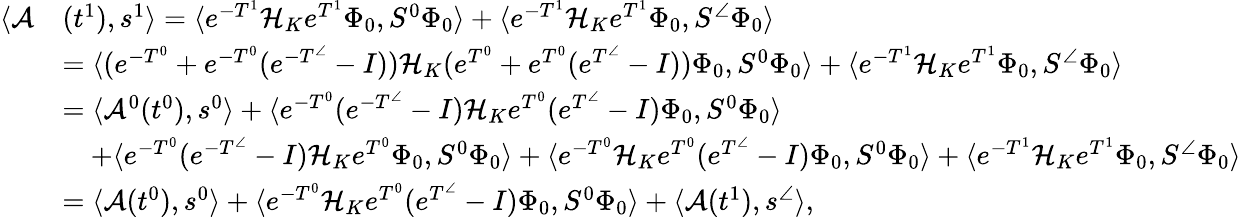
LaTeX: \begin{array}{rl}{\langle\mathcal{A}}&{(t^{1}),s^{1}\rangle=\langle e^{-T^{1}}\mathcal{H}_{K}e^{T^{1}}\Phi_{0},S^{0}\Phi_{0}\rangle+\langle e^{-T^{1}}\mathcal{H}_{K}e^{T^{1}}\Phi_{0},S^{\angle}\Phi_{0}\rangle}\\ &{=\langle(e^{-T^{0}}+e^{-T^{0}}(e^{-T^{\angle}}-I))\mathcal{H}_{K}(e^{T^{0}}+e^{T^{0}}(e^{T^{\angle}}-I))\Phi_{0},S^{0}\Phi_{0}\rangle+\langle e^{-T^{1}}\mathcal{H}_{K}e^{T^{1}}\Phi_{0},S^{\angle}\Phi_{0}\rangle}\\ &{=\langle\mathcal{A}^{0}(t^{0}),s^{0}\rangle+\langle e^{-T^{0}}(e^{-T^{\angle}}-I)\mathcal{H}_{K}e^{T^{0}}(e^{T^{\angle}}-I)\Phi_{0},S^{0}\Phi_{0}\rangle}\\ &{\quad+\langle e^{-T^{0}}(e^{-T^{\angle}}-I)\mathcal{H}_{K}e^{T^{0}}\Phi_{0},S^{0}\Phi_{0}\rangle+\langle e^{-T^{0}}\mathcal{H}_{K}e^{T^{0}}(e^{T^{\angle}}-I)\Phi_{0},S^{0}\Phi_{0}\rangle+\langle e^{-T^{1}}\mathcal{H}_{K}e^{T^{1}}\Phi_{0},S^{\angle}\Phi_{0}\rangle}\\ &{=\langle\mathcal{A}(t^{0}),s^{0}\rangle+\langle e^{-T^{0}}\mathcal{H}_{K}e^{T^{0}}(e^{T^{\angle}}-I)\Phi_{0},S^{0}\Phi_{0}\rangle+\langle\mathcal{A}(t^{1}),s^{\angle}\rangle,}\end{array}